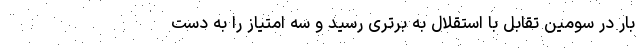
بار در سومین تقابل با استقلال به برتری رسید و سه امتیاز را به دست